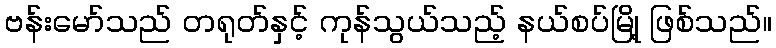
ဗန်းမော်သည် တရုတ်နှင့် ကုန်သွယ်သည့် နယ်စပ်မြို့ ဖြစ်သည်။